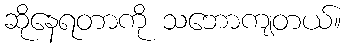
ဆိုနေရတာကို သဘောကျတယ်။